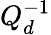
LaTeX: Q_{d}^{-1}